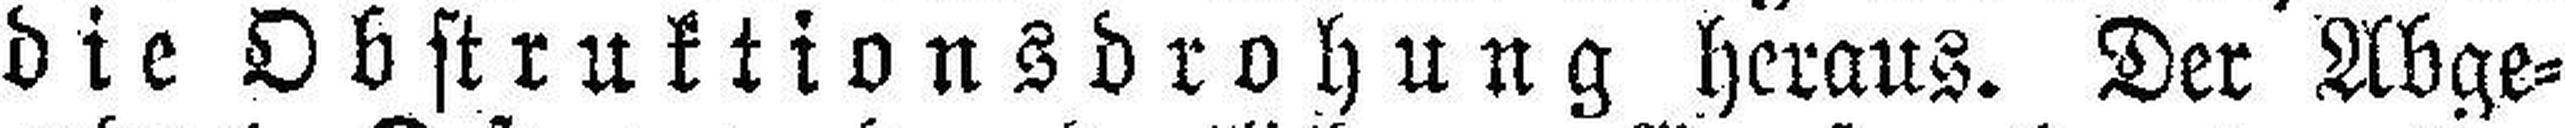
die Obstruktionsdrohung heraus. Der Abge¬